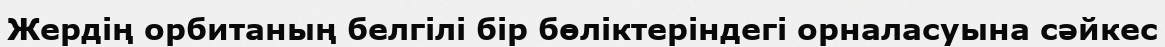
Жердің орбитаның белгілі бір бөліктеріндегі орналасуына сәйкес